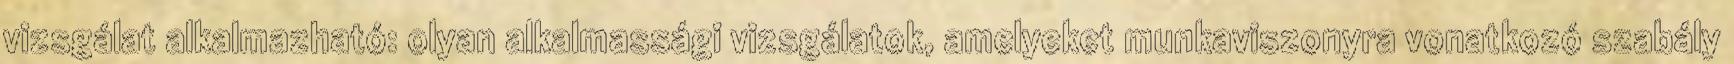
vizsgálat alkalmazható: olyan alkalmassági vizsgálatok, amelyeket munkaviszonyra vonatkozó szabály